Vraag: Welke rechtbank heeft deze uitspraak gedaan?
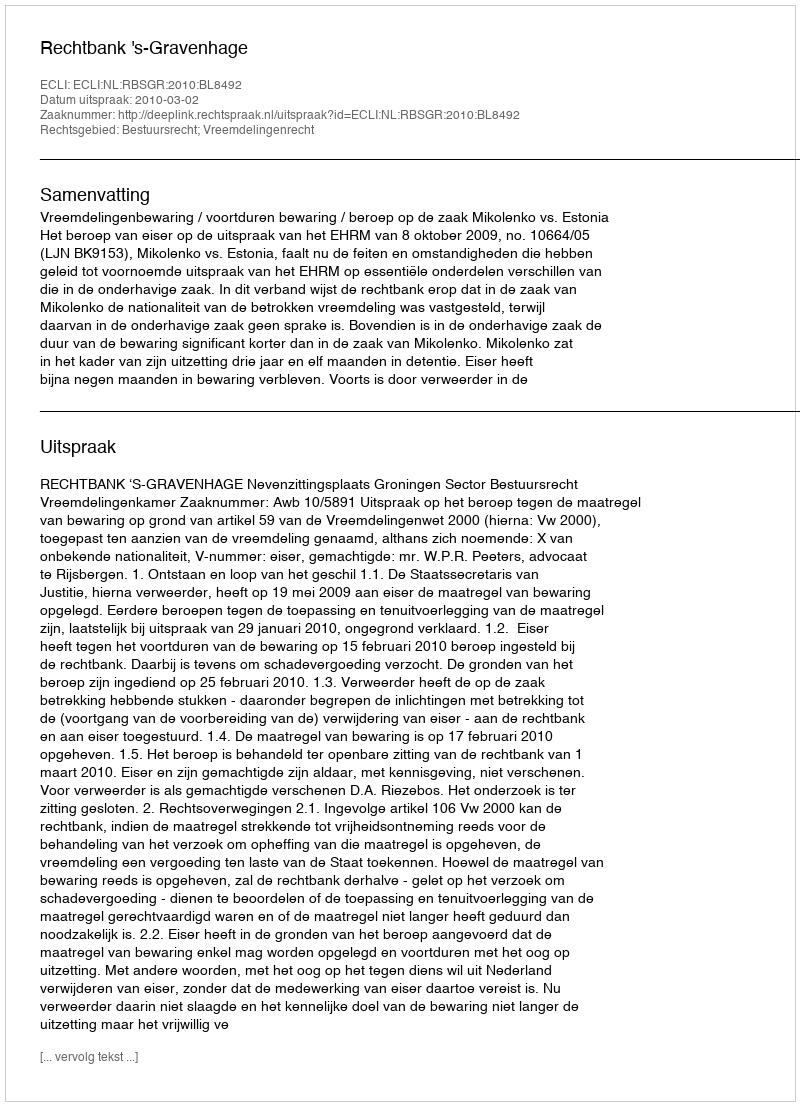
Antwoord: Rechtbank 's-Gravenhage